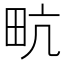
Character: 㽘